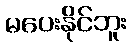
မပေးနိုင်ဘူး